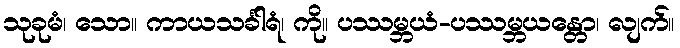
သုခုမံ၊ သော။ ကာယသင်္ခါရံ၊ ကို။ ပဿမ္ဘယံ-ပဿမ္ဘယန္တော၊ လျက်။